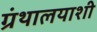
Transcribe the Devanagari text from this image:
ग्रंथालयाशी